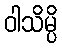
ဝါသိမ္ပိ